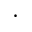
\cdot